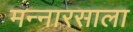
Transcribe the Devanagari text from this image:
मन्नारसाला